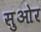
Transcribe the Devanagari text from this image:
सुओर